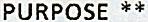
PURPOSE **